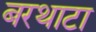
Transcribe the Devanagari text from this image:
बरथाटा